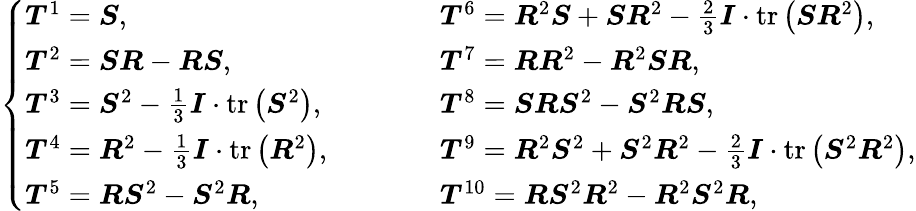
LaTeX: \left\{ \begin{array}{lrl}{\boldsymbol{T}^{1}=\boldsymbol{S},}&&{\boldsymbol{T}^{6}=\boldsymbol{R}^{2}\boldsymbol{S}+\boldsymbol{SR}^{2}-\frac{2}{3}\boldsymbol{I}\cdot\operatorname{tr}\left(\boldsymbol{S}\boldsymbol{R}^{2}\right),}\\ {\boldsymbol{T}^{2}=\boldsymbol{S}\boldsymbol{R}-\boldsymbol{R}\boldsymbol{S},}&&{\boldsymbol{T}^{7}=\boldsymbol{R}\boldsymbol{R}^{2}-\boldsymbol{R}^{2}\boldsymbol{S}\boldsymbol{R},}\\ {\boldsymbol{T}^{3}=\boldsymbol{S}^{2}-\frac{1}{3}\boldsymbol{I}\cdot\operatorname{tr}\left(\boldsymbol{S}^{2}\right),}&&{\boldsymbol{T}^{8}=\boldsymbol{S}\boldsymbol{R}\boldsymbol{S}^{2}-\boldsymbol{S}^{2}\boldsymbol{RS},}\\ {\boldsymbol{T}^{4}=\boldsymbol{R}^{2}-\frac{1}{3}\boldsymbol{I}\cdot\operatorname{tr}\left(\boldsymbol{R}^{2}\right),\qquad}&&{\boldsymbol{T}^{9}=\boldsymbol{R}^{2}\boldsymbol{S}^{2}+\boldsymbol{S}^{2}\boldsymbol{R}^{2}-\frac{2}{3}\boldsymbol{I}\cdot\operatorname{tr}\left(\boldsymbol{S}^{2}\boldsymbol{R}^{2}\right),}\\ {\boldsymbol{T}^{5}=\boldsymbol{R}\boldsymbol{S}^{2}-\boldsymbol{S}^{2}\boldsymbol{R},}&&{\boldsymbol{T}^{10}=\boldsymbol{RS}^{2}\boldsymbol{R}^{2}-\boldsymbol{R}^{2}\boldsymbol{S}^{2}\boldsymbol{R},}\end{array}\right.